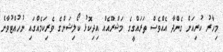
މިހާރު ކުރިއަށް ގެންދާ އެއްވެސް ތަރައްގީގެ މަޝްރޫއެއް އިދިކޮޅު ކޯލިޝަންގެ ވެރިކަމެއްގައި ނުހުއްޓުވާނެ